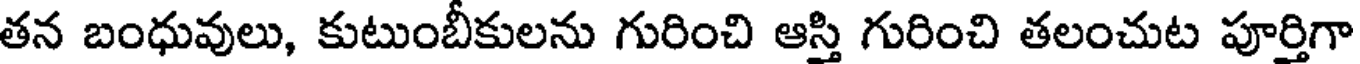
తన బంధువులు, కుటుంబీకులను గురించి ఆస్తి గురించి తలంచుట పూర్తిగా